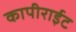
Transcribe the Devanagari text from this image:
कापीराईट